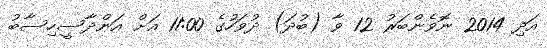
އަދި 2014 ނޮވެންބަރު 12 ވާ (ބުދަ) ދުވަހުގެ 11:00 އަށް އަންދާސީހިސާބު